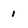
Character: 1